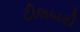
ટીલબરી